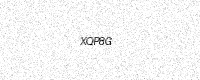
Text: XQP8G